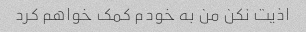
اذیت نکن من به خودم کمک خواهم کرد